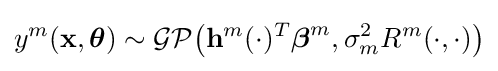
y^{m}(\mathbf {x} ,{\boldsymbol {\theta }})\sim {\mathcal {GP}}{\big (}\mathbf {h} ^{m}(\cdot )^{T}{\boldsymbol {\beta }}^{m},\sigma _{m}^{2}R^{m}(\cdot ,\cdot ){\big )}